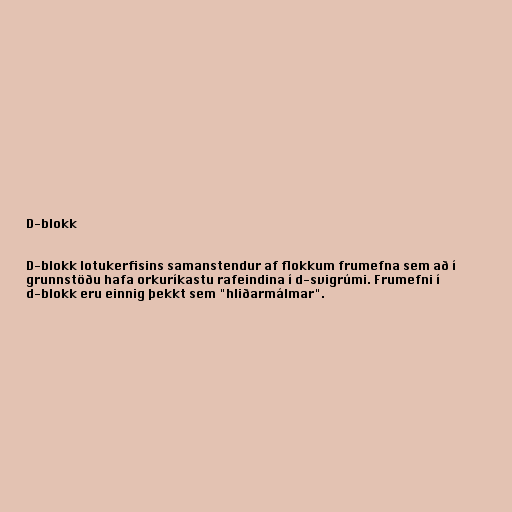
D-blokk

D-blokk lotukerfisins samanstendur af flokkum frumefna sem að í
grunnstöðu hafa orkuríkastu rafeindina í d-svigrúmi. Frumefni í
d-blokk eru einnig þekkt sem "hliðarmálmar".